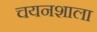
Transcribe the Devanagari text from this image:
चयनशाला